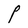
Character: P